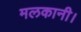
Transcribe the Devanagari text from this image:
मलकानी।